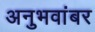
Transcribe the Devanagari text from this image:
अनुभवांबर